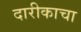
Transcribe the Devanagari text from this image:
दारीकाचा